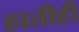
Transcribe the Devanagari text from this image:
हातीही